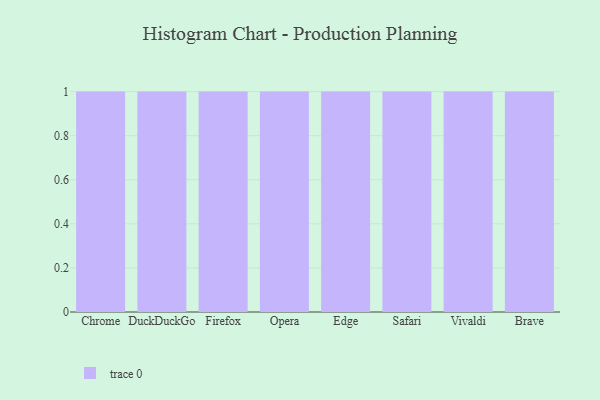
{"axis": {"x": "Browser", "y": "Backlog"}, "legend": [""], "data": [{"x": "Chrome", "y": 23, "type": ""}, {"x": "DuckDuckGo", "y": 79, "type": ""}, {"x": "Firefox", "y": 80, "type": ""}, {"x": "Opera", "y": 59, "type": ""}, {"x": "Edge", "y": 30, "type": ""}, {"x": "Safari", "y": 48, "type": ""}, {"x": "Vivaldi", "y": 15, "type": ""}, {"x": "Brave", "y": 1, "type": ""}]}